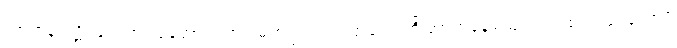
အာဟုနံ ပဋိဂ္ဂဟေတုံ ယုတ္တော တဿ မဟပ္ဖလကရဏတောတိ အာဟုနေယျော။ အထ ဝါ ဒူရတောပိ